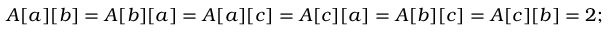
\quad A [ a ] [ b ] = A [ b ] [ a ] = A [ a ] [ c ] = A [ c ] [ a ] = A [ b ] [ c ] = A [ c ] [ b ] = 2 ;